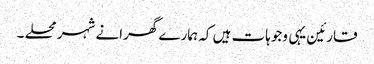
قارئین یہی وجوہات ہیں کہ ہمارے گھرانے شہر محلے ۔